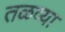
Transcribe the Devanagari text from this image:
तळव्या